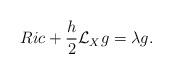
LaTeX: \begin{align*}Ric +\frac{h}{2}\mathcal{L}_Xg=\lambda g. \end{align*}